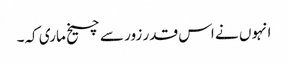
انہوں نے اس قدر زور سے چیخ ماری کہ۔